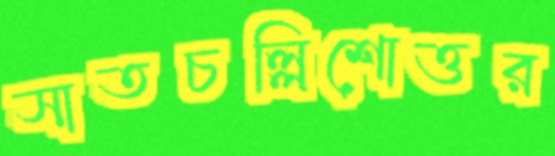
সাতচল্লিশোত্তর